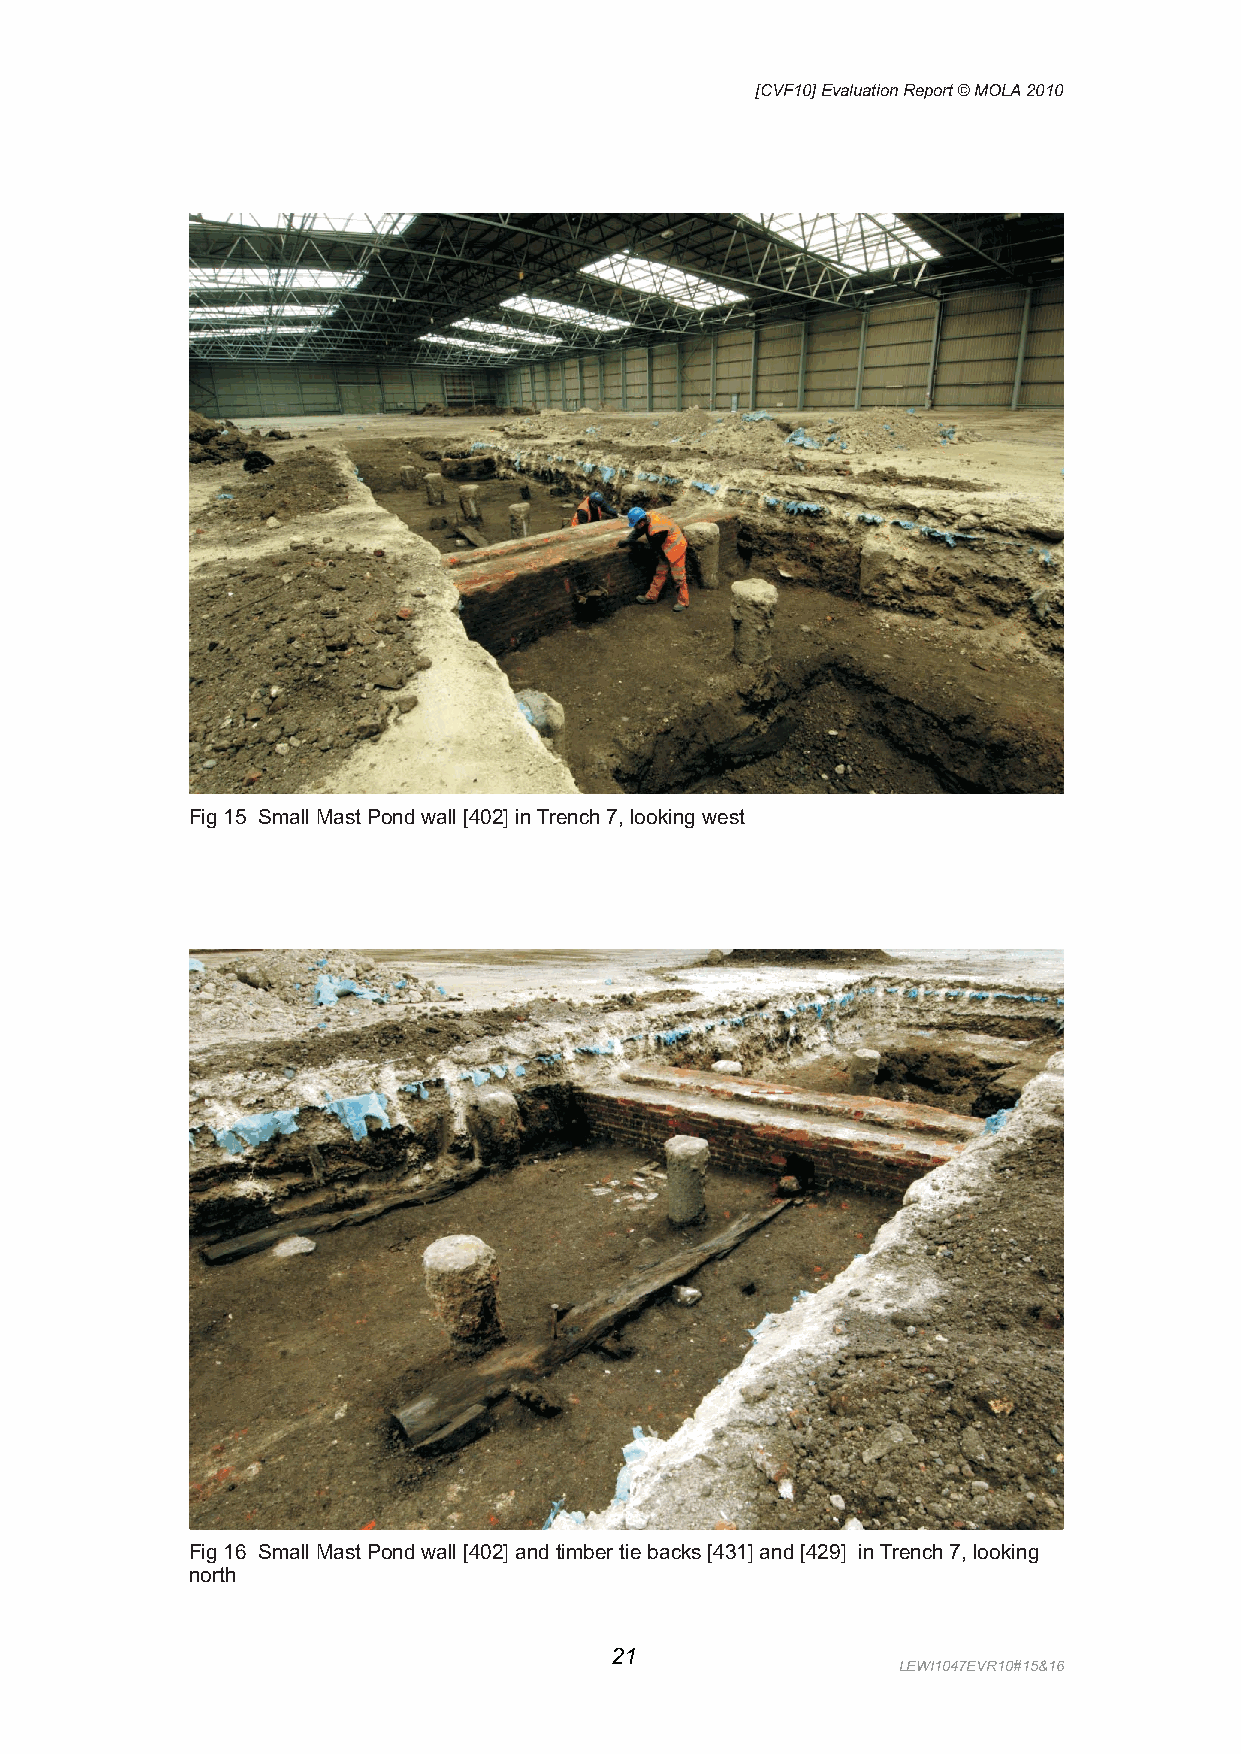
[CVF10] Evaluation Report © MOLA 2010
 Fig 15 Small Mast Pond wall [402] in Trench 7, looking west
 Fig 16 Small Mast Pond wall [402] and timber tie backs [431] and [429] in Trench 7, looking
 north
 21
 LEWI1047EVR10#15&16